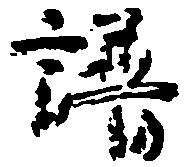
譜